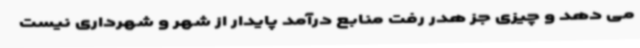
می دهد و چیزی جز هدر رفت منابع درآمد پایدار از شهر و شهرداری نیست